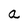
Character: a